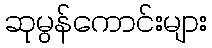
ဆုမွန်ကောင်းများ